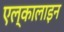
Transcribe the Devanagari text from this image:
एल्कालाइन